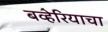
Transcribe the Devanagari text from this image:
बव्हेरियाचा